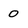
Character: 0